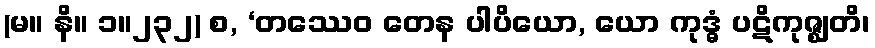
(မ။ နိ။ ၁။၂၃၂) စ, ‘တဿေဝ တေန ပါပိယော, ယော ကုဒ္ဓံ ပဋိကုဇ္ဈတိ၊